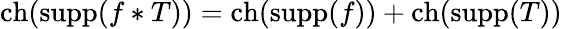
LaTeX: \operatorname{ch}(\operatorname{supp}(f\ast T))=\operatorname{ch}(\operatorname{supp}(f))+\operatorname{ch}(\operatorname{supp}(T))